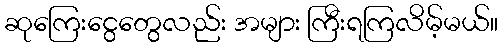
ဆုကြေးငွေတွေလည်း အများ ကြီးရကြလိမ့်မယ်။